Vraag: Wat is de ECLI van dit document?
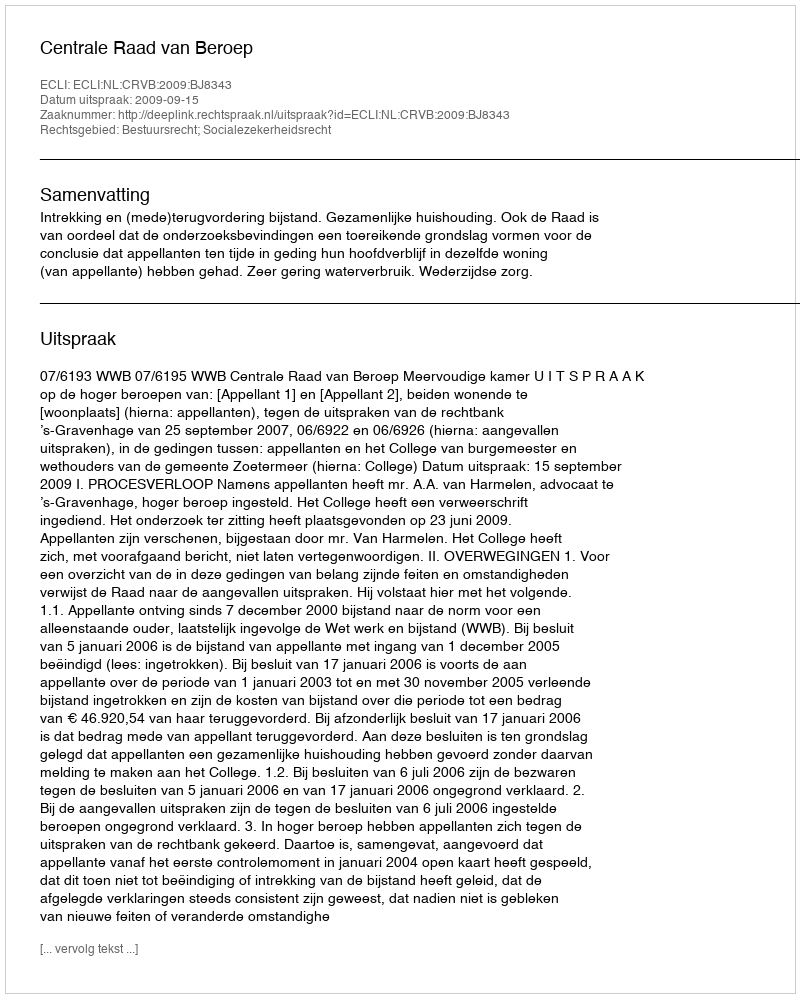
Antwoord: ECLI:NL:CRVB:2009:BJ8343